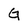
Character: G